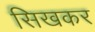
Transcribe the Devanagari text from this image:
सिखकर